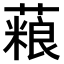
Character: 𫉱